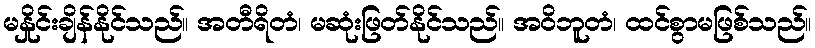
မနှိုင်းချိန်နိုင်သည်။ အတီရိတံ၊ မဆုံးဖြတ်နိုင်သည်။ အဝိဘူတံ၊ ထင်စွာမဖြစ်သည်။